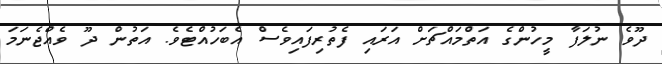
ދޫވެ ނުލަފާ މީހުންގެ އަތްމައްޗަށް އަރައި ފެތުރިފައިވެސް އެބަހުއްޓެވެ. އަތުން ދޫ ވެއްޖެނަމަ